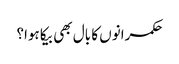
حکمرانوں کا بال بھی بیکا ہوا؟